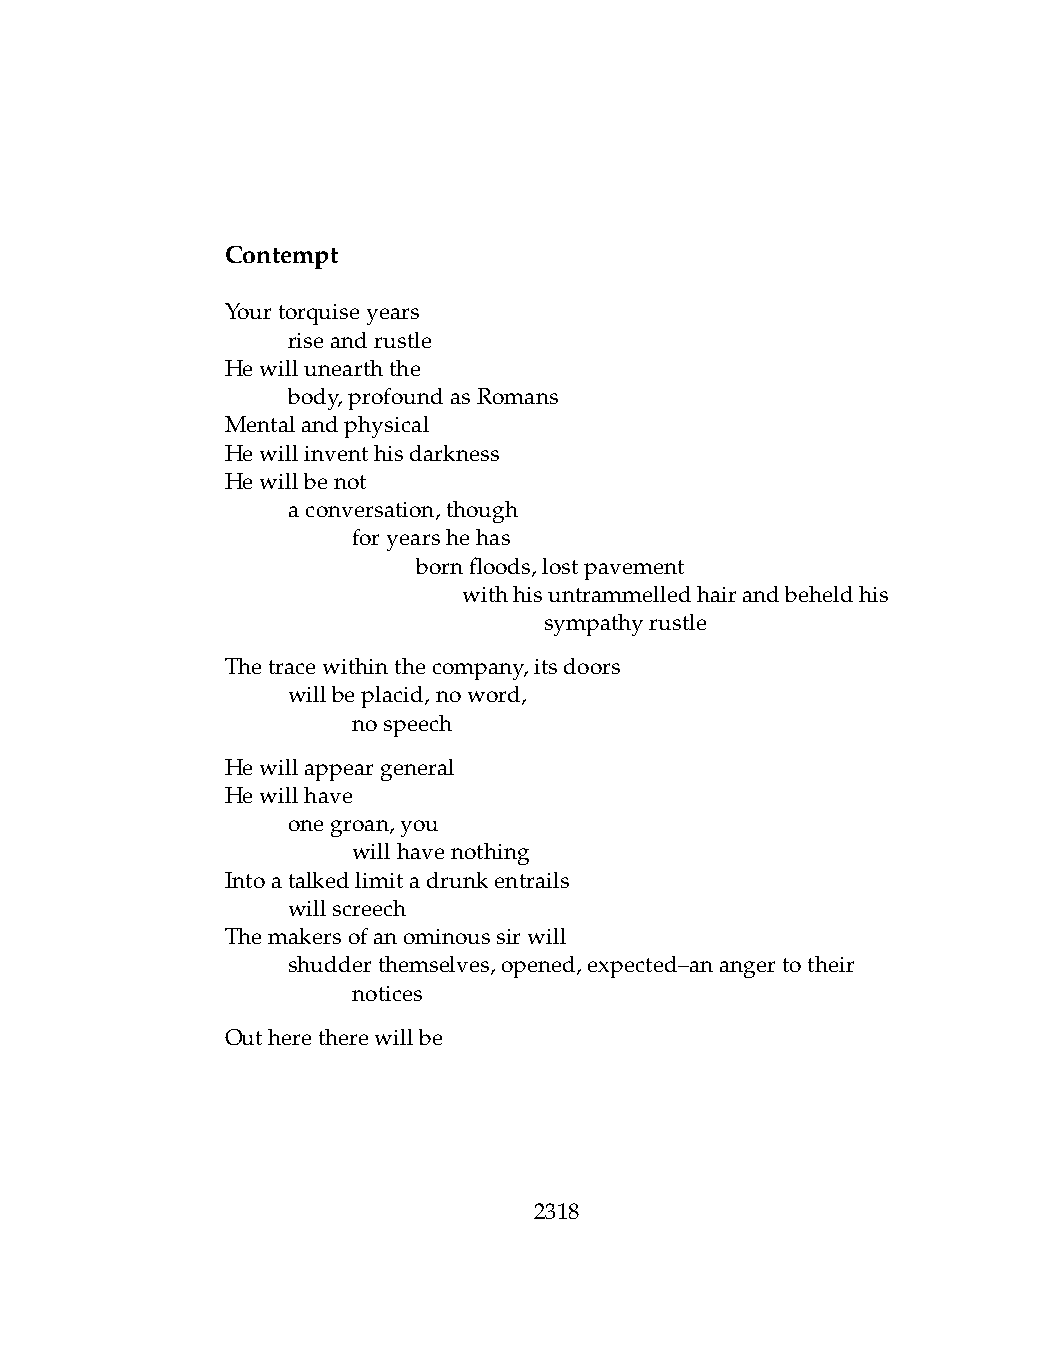
Contempt
 Yourtorquiseyears
 .   riseandrustle
 Hewillunearththe
 .   body,profoundasRomans
 Mentalandphysical
 Hewillinventhisdarkness
 Hewillbenot
 .   aconversation,though
 .   .   foryearshehas
 .   .   .    bornfloods,lostpavement
 .   .   .   .   withhisuntrammelledhairandbeheldhis
 .   .   .    .   .   sympathyrustle
 Thetracewithinthecompany,itsdoors
 .   willbeplacid,noword,
 .   .   nospeech
 Hewillappeargeneral
 Hewillhave
 .   onegroan,you
 .   .   willhavenothing
 Intoatalkedlimitadrunkentrails
 .   willscreech
 Themakersofanominoussirwill
 .   shudderthemselves,opened,expected–anangertotheir
 .   .   notices
 Outheretherewillbe
 2318